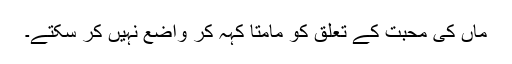
ماں کی محبت کے تعلق کو مامتا کہہ کر واضع نہیں کر سکتے۔